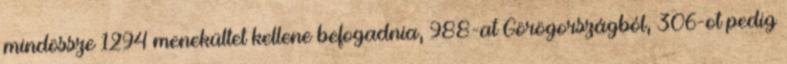
mindössze 1294 menekültet kellene befogadnia, 988-at Görögországból, 306-ot pedig